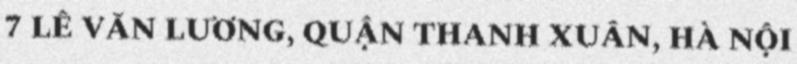
7 LÊ VĂN LƯƠNG, QUẬN THANH XUÂN, HÀ NỘI